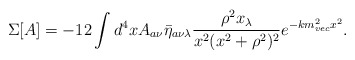
\begin{align*}\Sigma[A]=-12\int d^4x A_{a\nu}\bar{\eta}_{a\nu\lambda} \frac{\rho^2x_\lambda}{x^2(x^2+\rho^2)^2}e^{-km_{vec}^2x^2}.\end{align*}